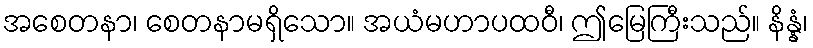
အစေတနာ၊ စေတနာမရှိသော။ အယံမဟာပထဝီ၊ ဤမြေကြီးသည်။ နိန္နံ၊